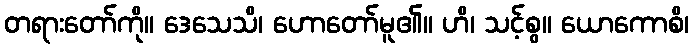
တရားတော်ကို။ ဒေသေသိ၊ ဟောတော်မူ၏။ ဟိ၊ သင့်စွ။ ယောကောစိ၊